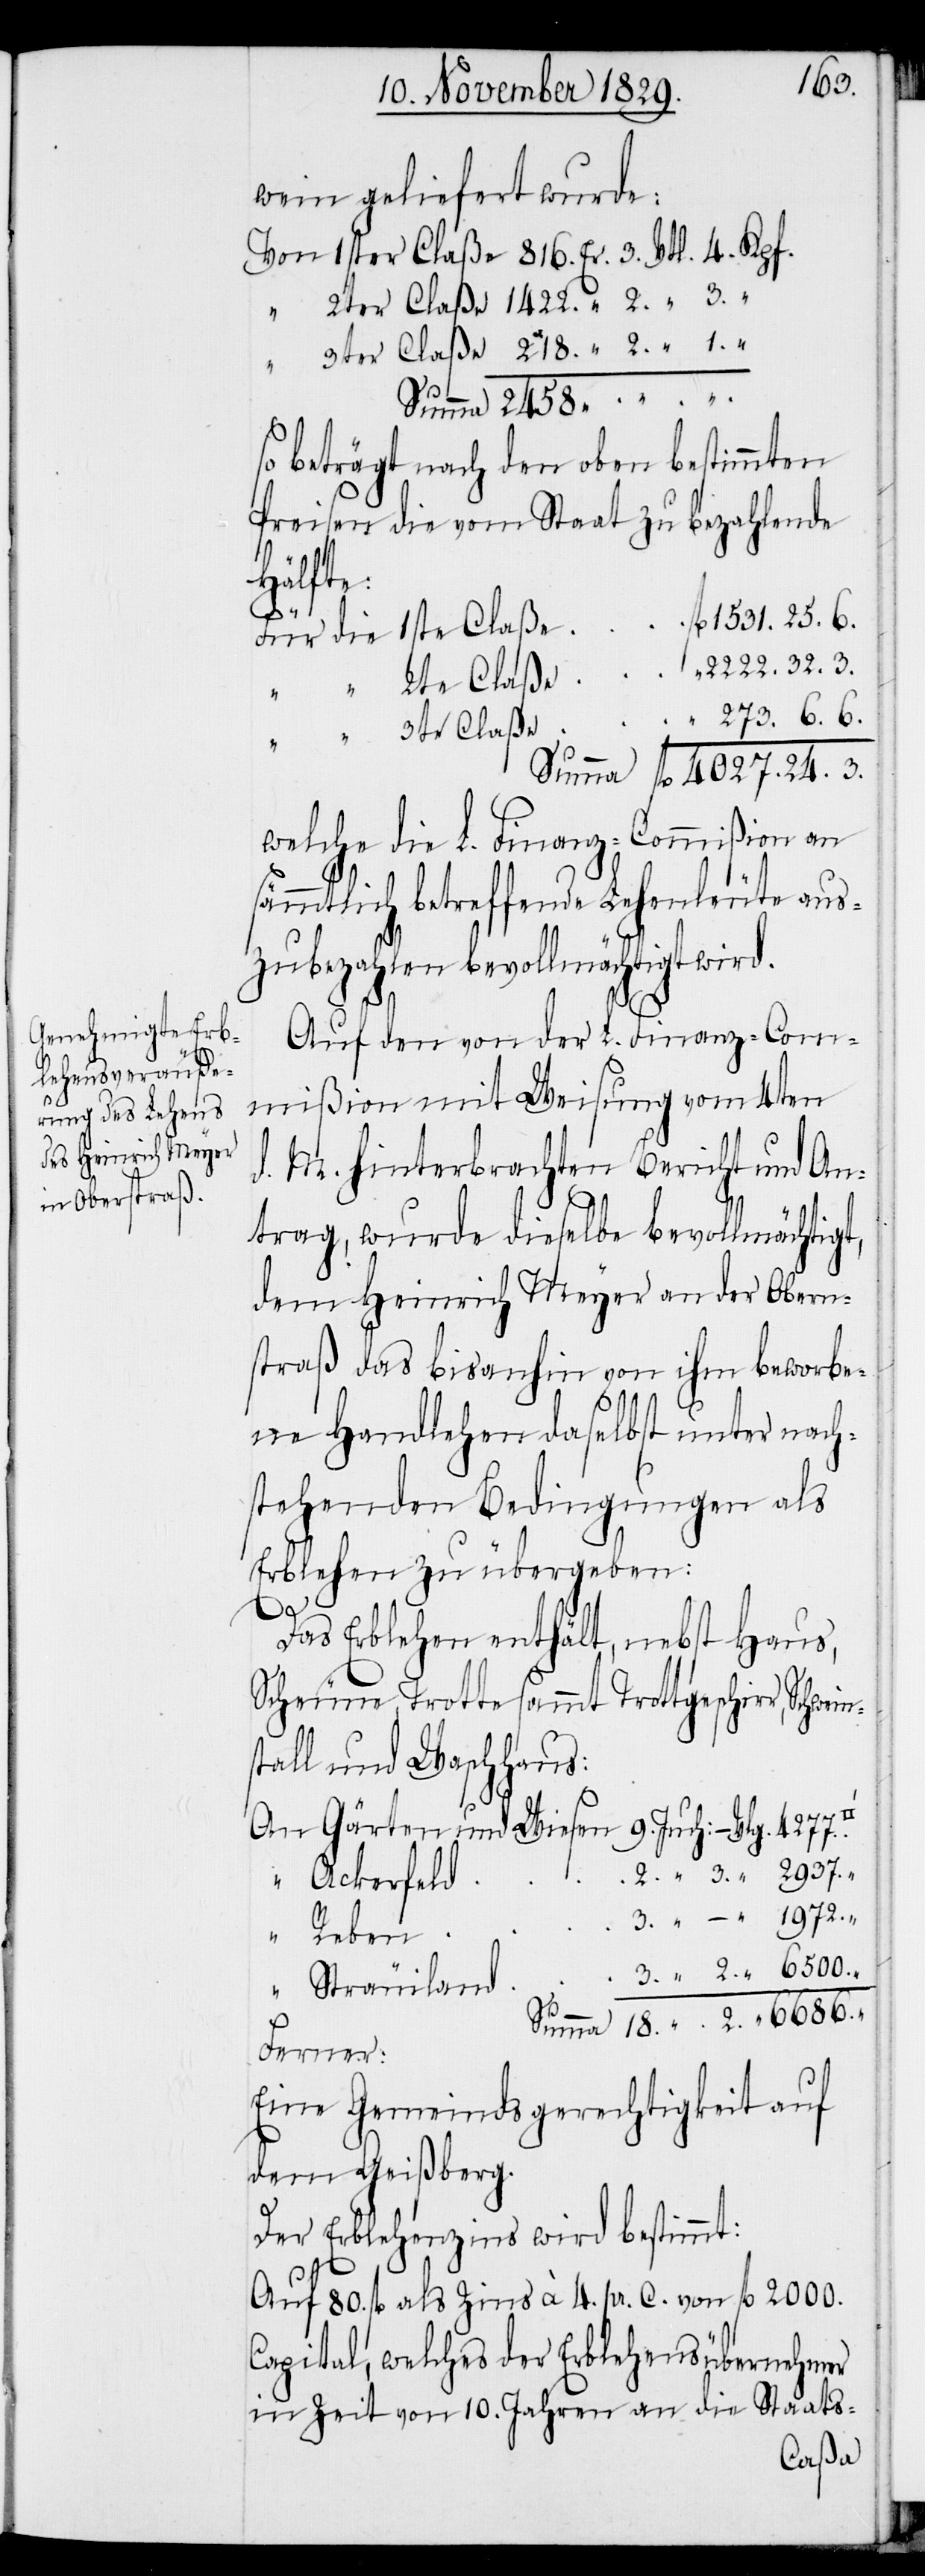
6686.

wein geliefert wurde:
so beträgt nach den oben bestimmten
Preisen die vom Staat zu bezahlende
Gärten
2. “
fl. 1531.25.6.
“
Für die 1ste Claße
2222.32.3.
3te Claße
“
welche die L. Finanz-Commißion an
sämmtlich betreffende Lehenleute aus¬
zubezahlen bevollmächtigt wird.
Au den von der L. Finanz-Com¬
mißion mit Weisung vom 4ten
d. M. hinterbrachten Bericht und An¬
trag, wurde dieselbe bevollmächtigt,
dem Heinrich Meyer an der Obern¬
straß das bisanhin von ihm beworbe¬
ne Handlehen daselbst unter nach¬
stehenden Bedingungen als
Erblehen zu übergeben:
Schweins¬
Das Erblehen enthält, nebst Haus,
Scheune, Trotte sammt Trottgeschirr,
tall und Waschhaus:
An
2. “ 3. “ 2937. “
“ Ackerfeld
3. “ – “ 1972. “
–
“ Reben
3. “ 2. “ 6500. “
“ Sträuiland
Ferner:
Eine Gemeindsgerechtigkeit auf
dem Geißberg.
Der Erblehenszins wird bestimmt:
Auf 80. fl als Zins à 4. pr. C. von fl 2000.
Capital, welches der Erblehensübernehmer
in Zeit von 10. Jahren an die Staats-